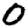
Digit: 0